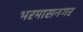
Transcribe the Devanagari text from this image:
भरमासनगर